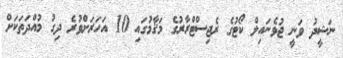
ނަޝީދު ވަނީ ޖުވެނައިލް ކޯޓުގެ ރެޖިސްޓްރާރުގެ މަޤާމުގައި 10 އަހަރަށްވުރެ ދިގު މުއްދަތަކަށް